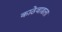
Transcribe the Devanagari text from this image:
काठेवाडला